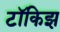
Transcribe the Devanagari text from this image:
टॉकिझ